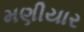
મણીયાર